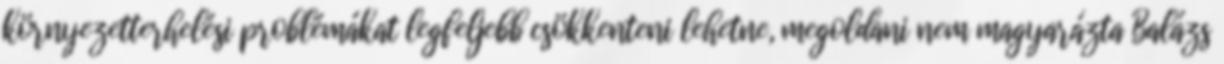
környezetterhelési problémákat legfeljebb csökkenteni lehetne, megoldani nem magyarázta Balázs